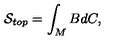
\mathcal { S } _ { t o p } = \int _ { M } B d C ,